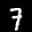
Label: 7